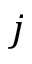
j